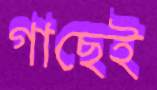
গাছেই